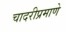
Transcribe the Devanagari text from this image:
चादरीप्रमाणे